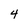
Character: 4